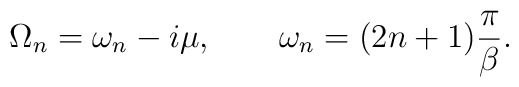
\Omega_n = \omega_n - i \mu, \qquad \omega_n = (2n+1)\frac{\pi}{\beta}.